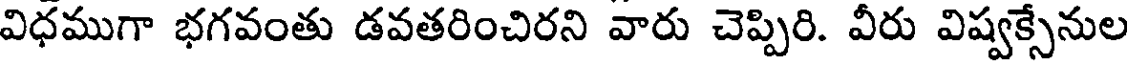
విధముగా భగవంతు డవతరించిరని వారు చెప్పిరి. వీరు విష్వక్సేనుల